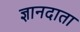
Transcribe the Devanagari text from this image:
ज्ञानदाता